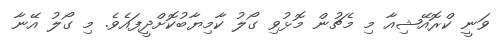
ވަނީ ކްރޮއޭޝިއާ މި މެޗުން މޮޅުވި ގޯލު ކާމިޔާބުކޮށްދީފައެވެ. މި ގޯލު އޭނާ